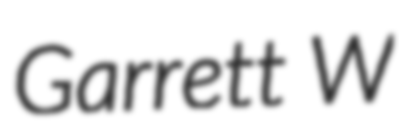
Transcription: Garrett W